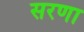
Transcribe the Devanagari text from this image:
सरणा